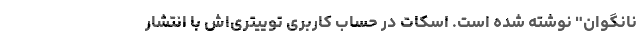
نانگوان" نوشته شده است. اسکات در حساب کاربری توییتری‌اش با انتشار